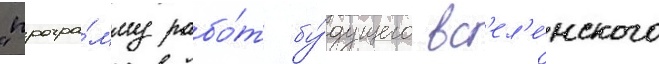
"програ́мму рабо́т бу́дущего вс'ел'е́нского